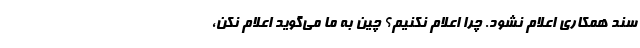
سند همکاری اعلام نشود. چرا اعلام نکنیم؟ چین به ما می‌گوید اعلام نکن،